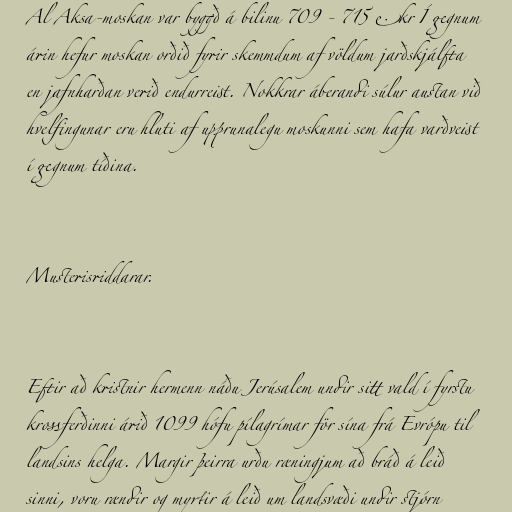
Al Aksa-moskan var byggð á bilinu 709 - 715 e.kr Í gegnum
árin hefur moskan orðið fyrir skemmdum af völdum jarðskjálfta
en jafnharðan verið endurreist. Nokkrar áberandi súlur austan við
hvelfingunar eru hluti af upprunalegu moskunni sem hafa varðveist
í gegnum tíðina.

Musterisriddarar.

Eftir að kristnir hermenn náðu Jerúsalem undir sitt vald í fyrstu
krossferðinni árið 1099 hófu pílagrímar för sína frá Evrópu til
landsins helga. Margir þeirra urðu ræningjum að bráð á leið
sinni, voru rændir og myrtir á leið um landsvæði undir stjórn